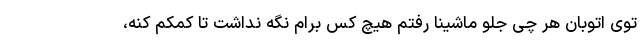
توی اتوبان هر چی جلو ماشینا رفتم هیچ کس برام نگه نداشت تا کمکم کنه،